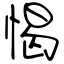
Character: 愒